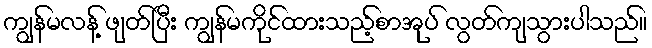
ကျွန်မလန့် ဖျတ်ပြီး ကျွန်မကိုင်ထားသည့်စာအုပ် လွတ်ကျသွားပါသည်။